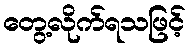
တွေ့လိုက်ရသဖြင့်